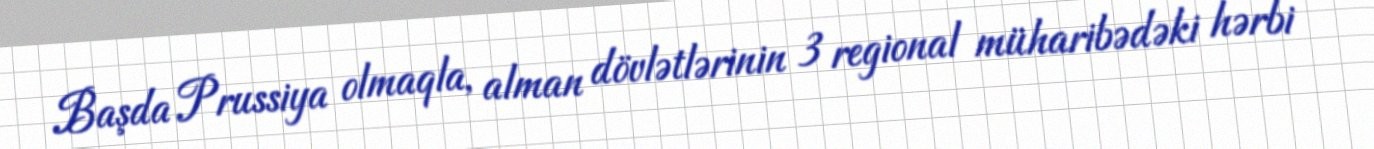
Başda Prussiya olmaqla, alman dövlətlərinin 3 regional müharibədəki hərbi